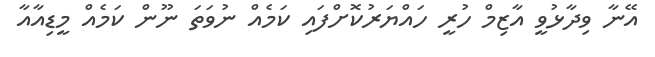
އޭނާ ވިދާޅުވީ އާޒިމް ހުރީ ހައްޔަރުކޮށްފައި ކަމެއް ނުވަތަ ނޫން ކަމެއް މީޑިއާއާ